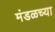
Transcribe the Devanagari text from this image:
मंडळच्या